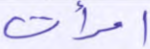
امرأت